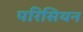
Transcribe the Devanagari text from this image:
परिसियन